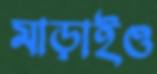
মাড়াইও